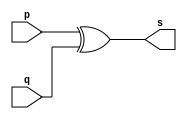
//---------------------
// Exemplo0005 - xor
// Nome: Wellington Santos Corra
//---------------------

//---------------------
//--xor gate
//---------------------
module xorgate (output [0:3] s,
					  input [0:3] p,
					  input [0:3] q);
  assign s = p ^ q;
endmodule // xor

//---------------------
//--test xorgate
//---------------------
module testxorgate;
//-------------------------dados locais
reg [0:3] a,b; // definir registrador
wire [0:3] s; // definir conexao (fio)
//-------------------------instancia
xorgate XOR1 (s, a, b);
//-------------------------preparacao
initial begin:start
	a=4'b0011; // 4 valores binarios
	b=4'b0101; // 4 valores binarios
end
//-------------------------parte principal
initial begin:main
	$display("Exemplo0005 - Wellington Santos Corra - 472047");
	$display("Test xor gate");
	$display("\n a ^ b = s\n");
	$monitor("%b ^ %b = %b", a, b, s);
#1a=0; b=0;// valores decimais
#1a=4'b0010;	b=4'b0001;// valores binarios
#1a=4'd1;    	b=3; 	  	// decimal e decimal
#1a=4'o5;		b=2;		// octal e decimal
#1a=4'hA;		b=3;		// hexadecimal e decimal
#1a=4'h9;		b=4'o3;	// hexadecimal e octal
end
endmodule // testxorgate